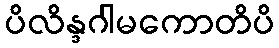
ပိလိန္ဒဂါမကောတိပိ